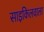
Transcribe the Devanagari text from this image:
साइकिलवाला